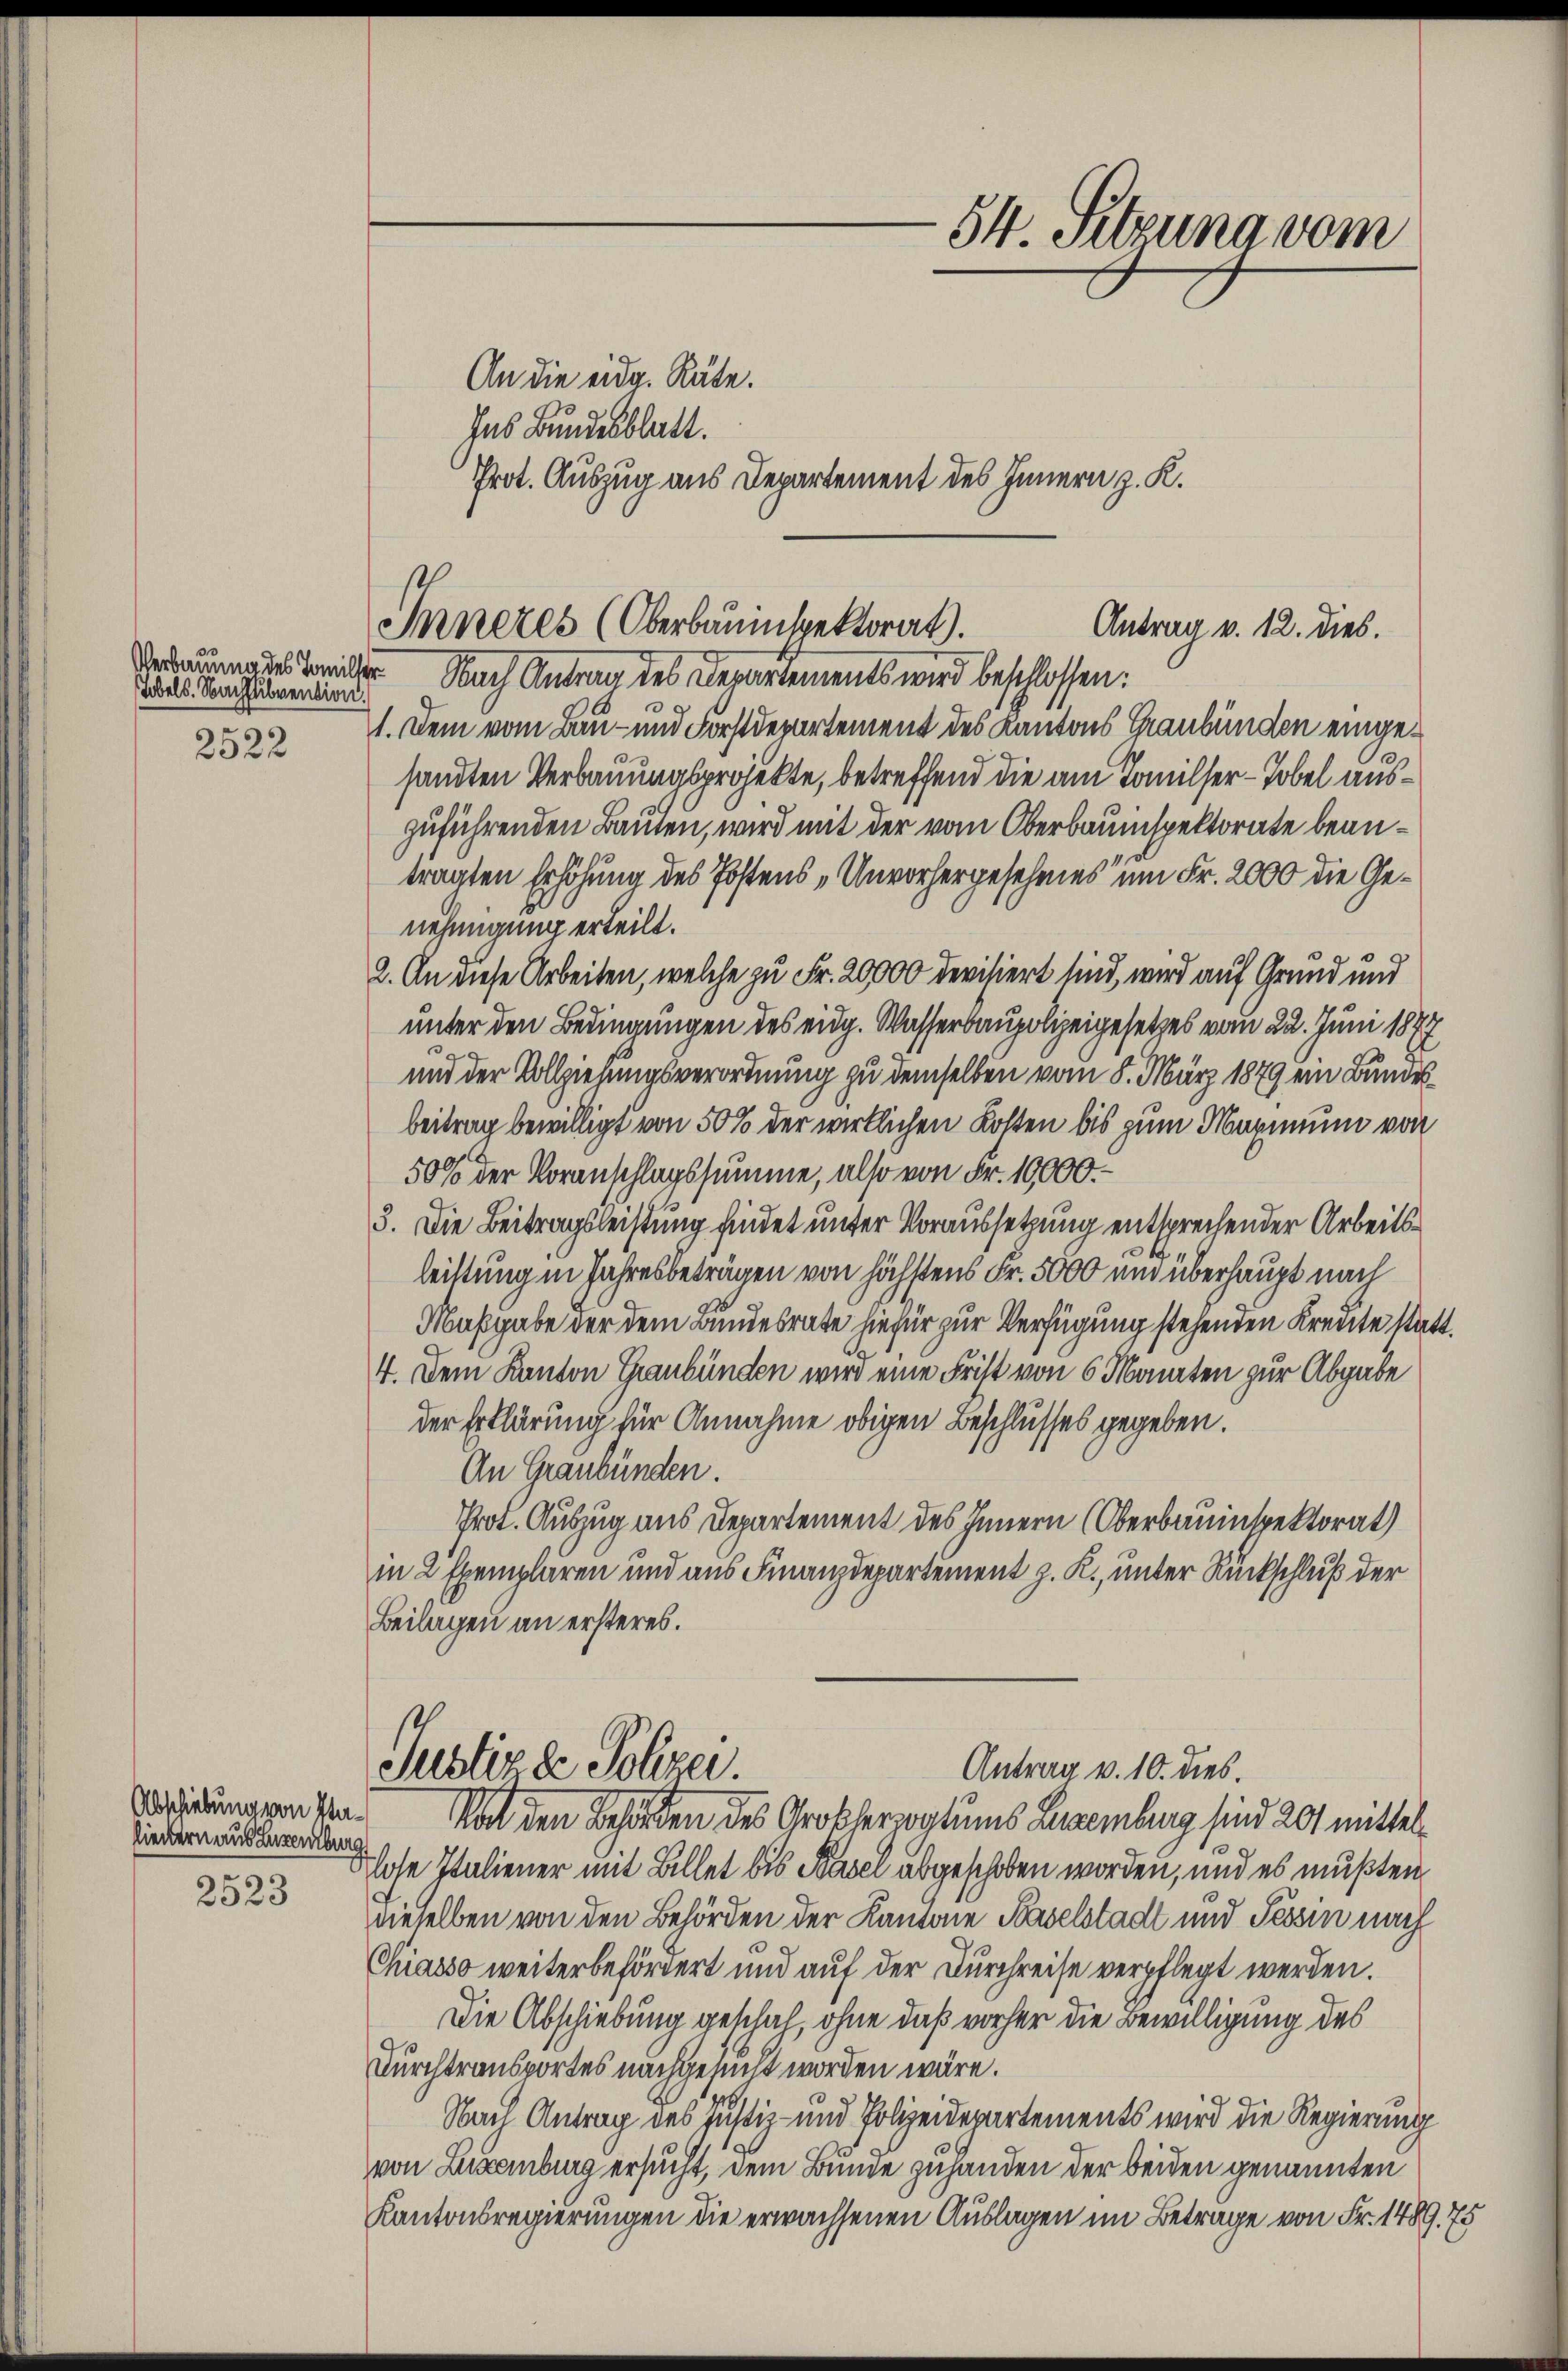
Tobels. Nachsubvention.
2522

Abschiebung von Pa-
liedern aus Luxenburg
2523

An die eidg. Räte.
Ins Bundesblatt.

erades Beiler Nach Antrag des Departements wird beschlossen:
1. Dem vom Bau- und Forstdepartement des Kantons Graubünden eingesandten Verbauungsprojekte, betreffend die am Tomilser-Tobel auszuführenden Bauten, wird mit der vom Oberbauinspektorate beantragten Erhöhung des Postens „Unvorhergesehenes um Fr. 2000 die Genehmigung erteilt.
2. An diese Arbeiten, welche zu Fr. 20000 Revisiert sind, wird auf Grund und
unter den Bedingungen des eidg. Wasserbaupolizeigesetzes vom 22. Juni 1877
39
und der Vollziehungsverordnung zu demselben vom 8. März 1879 ein Bundesbeitrag bewilligt von 50% der wirklichen Kosten bis zum Maximum von
50% der Voranschlagssumme, also von Fr. 10,000.
3. Die Beitragsleistung findet unter Voraussetzung entsprechender Arbeitsleistung in Jahresbeträgen von höchstens Fr. 5000 und überhaupt nach
Maßgabe der dem Bundesrate hiefür zur Verfügung stehenden Kreute statt.
4. Dem Kanton Graubünden wird eine Frist von 6 Monaten zur Abgabe
der Erklärung für Annahme obigen Beschlusses gegeben.
An Graubünden.
Prot. Auszug aus Departement des Innern (Oberbauinspektorat
in 2 Exemplaren und aus Finanzdepartement z. R., unter Rückschluß der
Beilagen an ersteres.
Justiz & Polizei.
Antrag v. 10. dies.
Rat den Behörden des Großherzogtums Lemburg sind 201 mittellose Italiener mit Billet bis Basel abgeschoben worden, und es mußten
dieselben von den Behörden der Kantone Baselstadt und Tessin nach
Chiasso weiterbefördert und auf der Durchreise verpflegt werden.
Die Abschiebung geschah, ohne daß vorher die Bewilligung des
Durchtransportes nachgesucht worden wäre.
Nach Antrag des Justiz- und Polizeidepartements wird die Regierung
von Luxenburg ersucht, dem Bunde zuhanden der beiden genannten
Kantonsregierungen die erwachsenen Auslagen im Betrage von Fr. 1489. 75

Prot. Auszug aus Departement des Innern z. K.

54. Sitzung vom

Inneres (Oberbauinspektorat.
Antrag v. 12. dies.